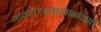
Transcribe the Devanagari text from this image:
गावात१दवाखानाआहे